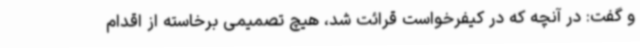
و گفت: در آنچه که در کیفرخواست قرائت شد، هیچ تصمیمی برخاسته از اقدام